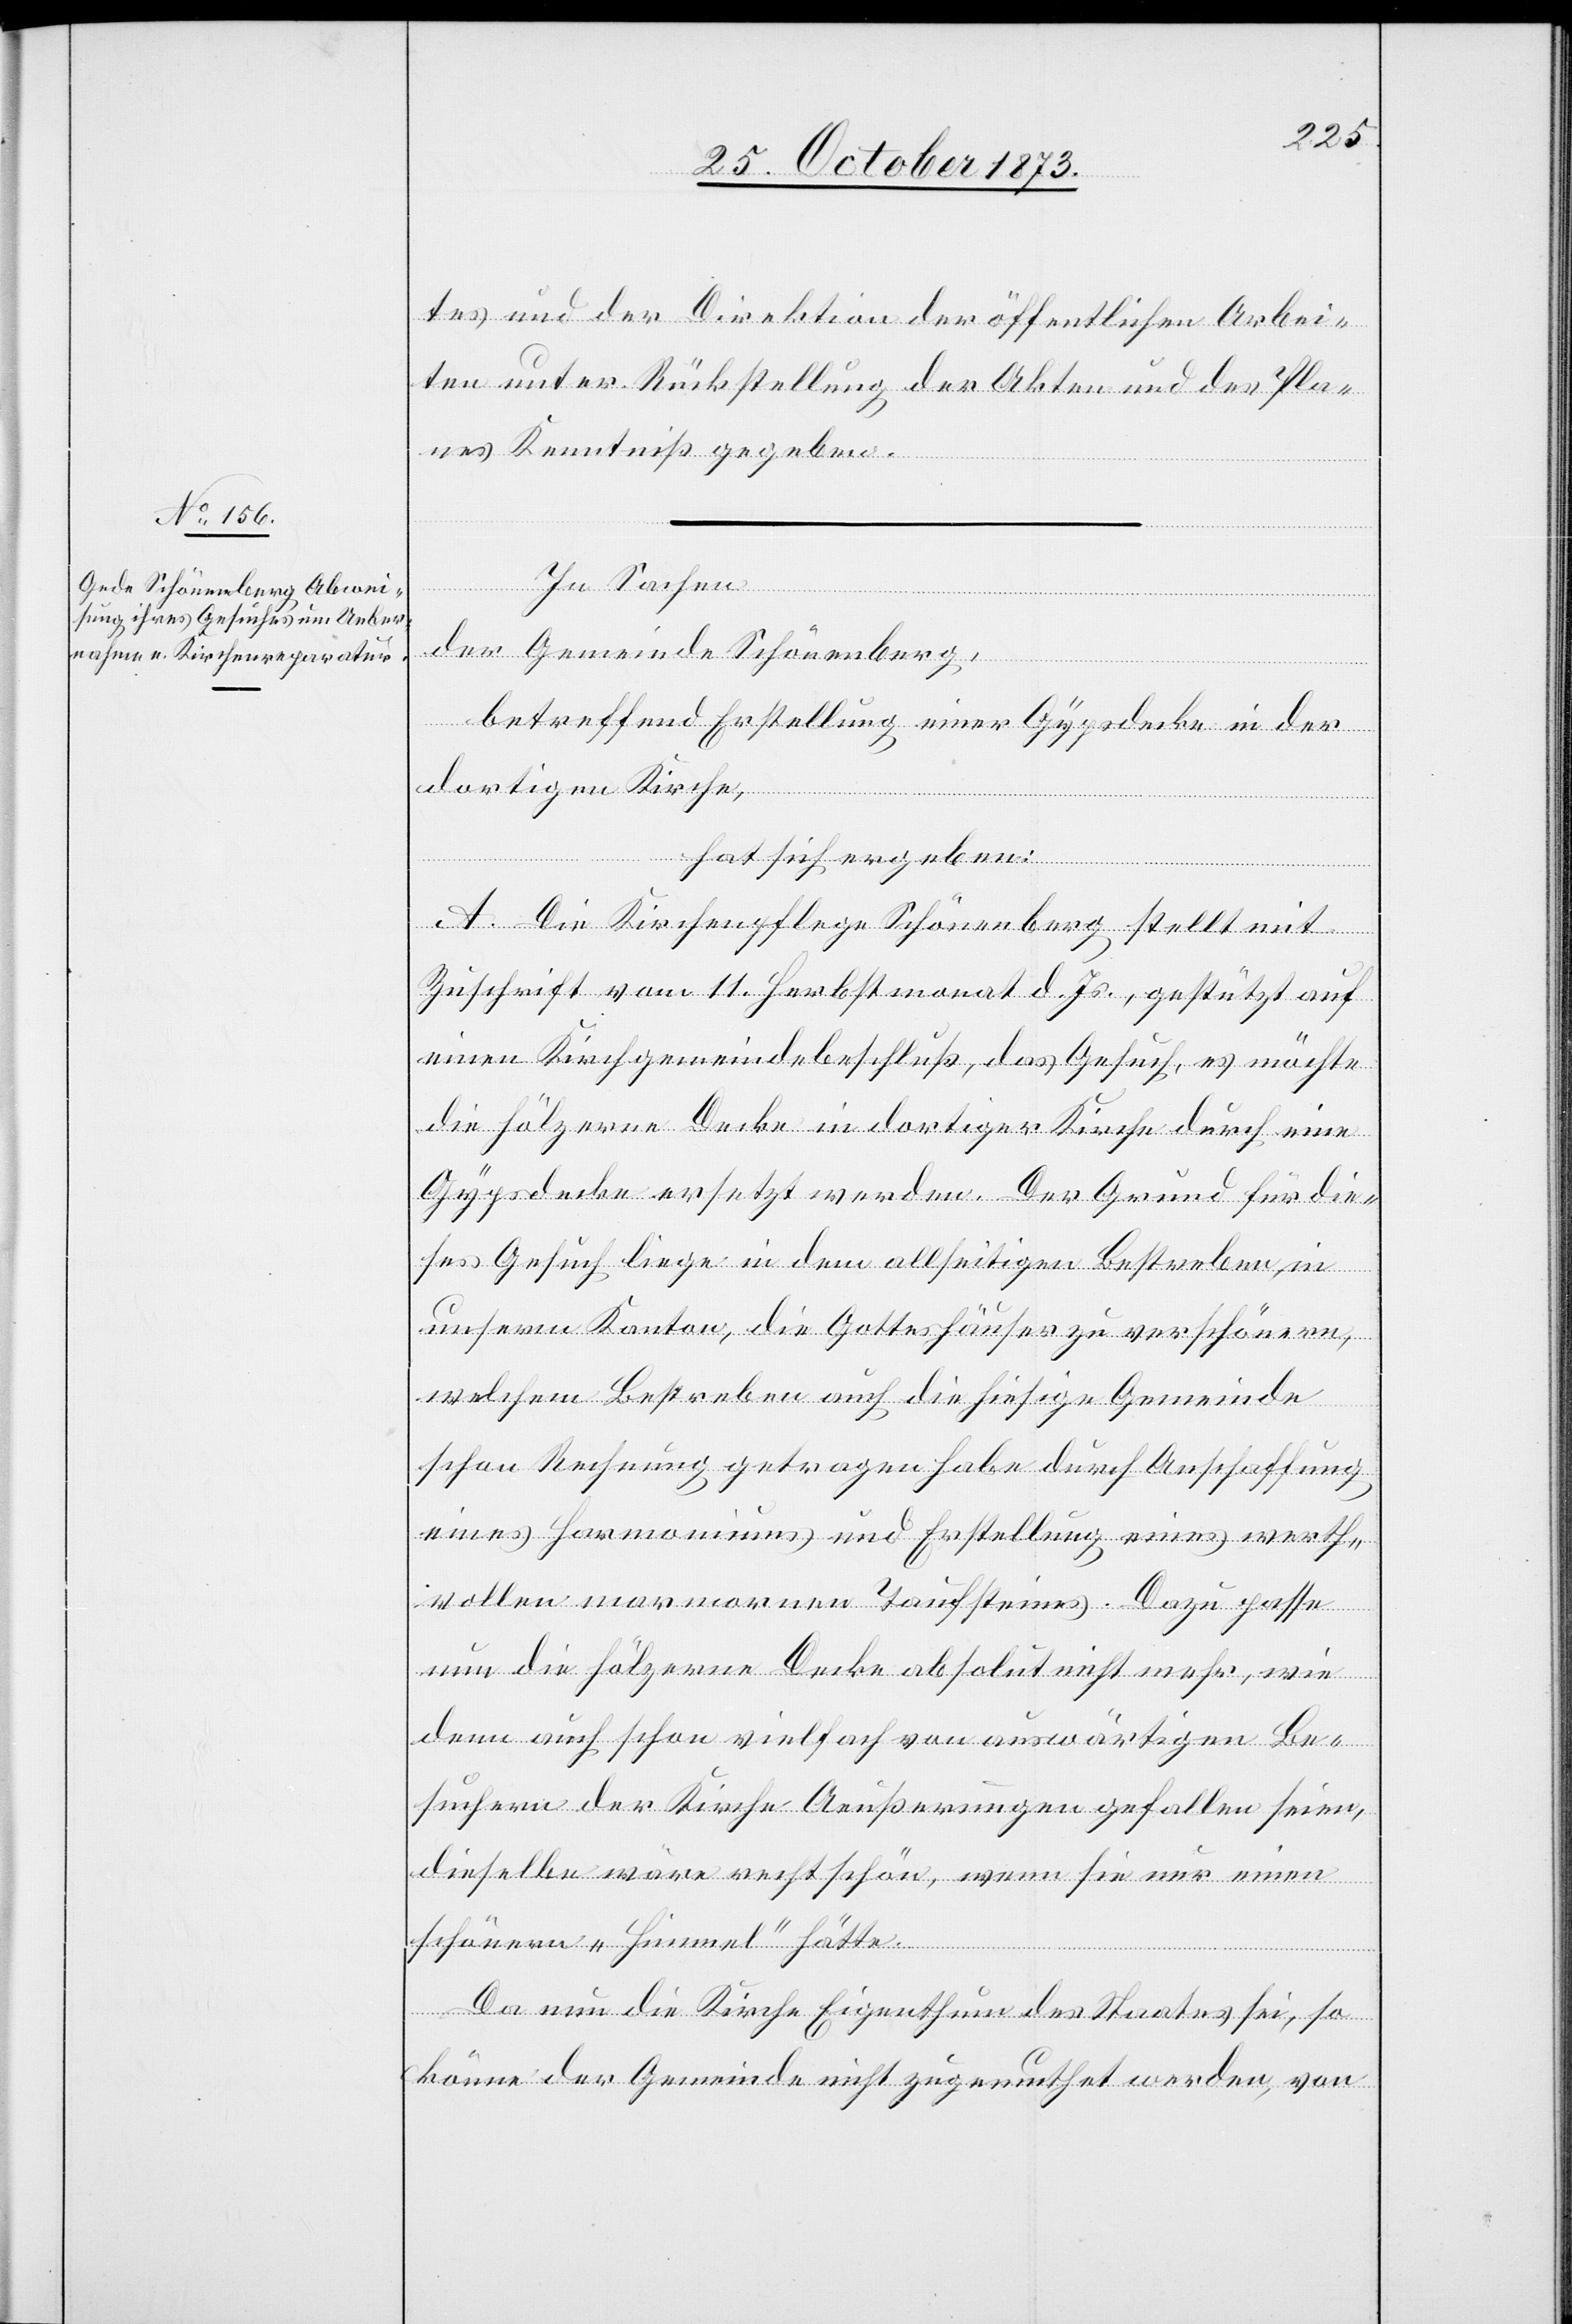
tes und der Direktion der öffentlichen Arbei¬
ten unter Rückstellung der Akten und des Pla¬
nes Kenntniß gegeben.
In Sachen
der Gemeinde Schönenberg,
betreffend Erstellung einer Gypsdecke in der
dortigen Kirche,
hat sich ergeben:
A. Die Kirchenpflege Schönenberg stellt mit
Zuschrift vom 11. Herbstmonat d. Js., gestützt auf
einen Kirchgemeindebeschluß, das Gesuch, es möchte
die hölzerne Decke in dortiger Kirche durch eine
Gypsdecke ersetzt werden. Der Grund für die¬
ses Gesuch liege in dem allseitigen Bestreben, in
unserm Kanton, die Gotteshäuser zu verschönern,
welchem Bestreben auch die hiesige Gemeinde
schon Rechnung getragen habe durch Anschaffung
eines Harmoniums und Erstellung eines werth¬
vollen marmornen Taufsteines. Dazu passe
nun die hölzerne Decke absolut nicht mehr, wie
denn auch schon vielfach von auswärtigen Be¬
suchern der Kirche Aeußerungen gefallen seien,
dieselbe wäre recht schön, wenn sie nur einen
schönern „Himmel“ hätte.
Da nun die Kirche Eigenthum des Staates sei, so
könne der Gemeinde nicht zugemuthet werden, von